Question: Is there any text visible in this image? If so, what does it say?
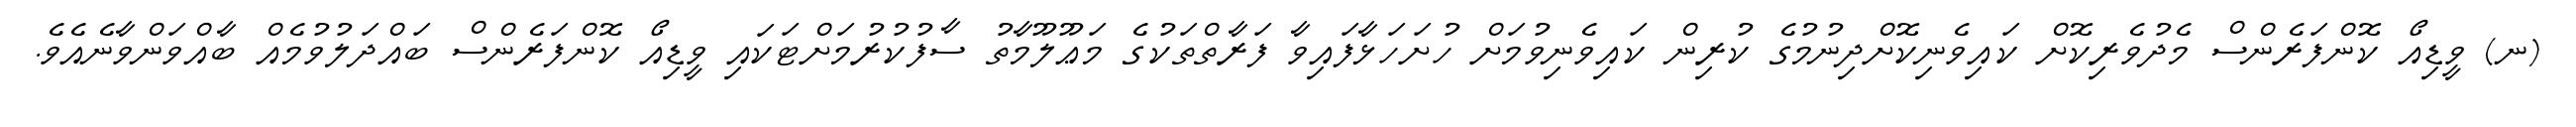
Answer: (ނ) ވީޑިއޯ ކޮންފަރެންސް މެދުވެރިކޮށް ކައިވެނިކޮށްދިނުމުގެ ކުރިން ކައިވެނިވުމަށް ހުށަހަޅާފައިވާ ފަރާތްތަކުގެ މަޢޫލޫމާތު ސާފުކުރުމަށްޓަކައި ވީޑިއޯ ކޮންފަރެންސް ބައްދަލުވުމެއް ބާއްވަންވާނެއެވެ.